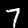
Label: 7